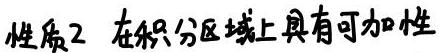
性质2 在积分区域上具有可加性